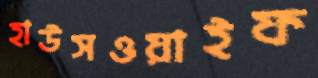
হাউসওয়াইফ